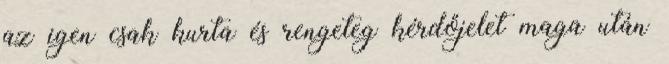
az igen csak kurta és rengeteg kérdőjelet maga után